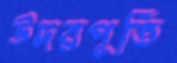
উদরপূর্তি